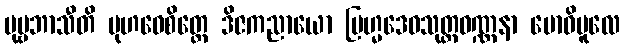
ပုဗ္ဗဘာသီတိ မုဟဝေစိတ္တေ ဒိဇကညာယော ဗြဟ္မဒေဝသုတ္တဝဏ္ဏနာ ဗောဓိမူလေ